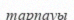
тарпауы